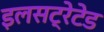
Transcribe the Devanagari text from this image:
इलसट्रेटेड